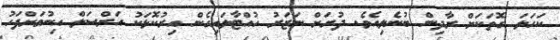
ކަހަލަ ގޮތަކަށް ރާދިން ބުނެލިއެވެ. ދުރަށް ނަޒަރު ހުއްޓާލައިގެން އިރުކޮޅަކު އަރްސަލް އިނުމަށްފަހު